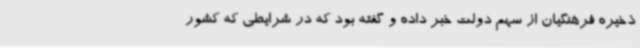
ذخیره فرهنگیان از سهم دولت خبر داده و گفته بود که در شرایطی که کشور